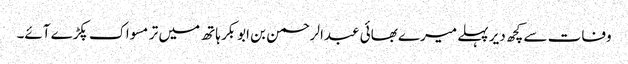
وفات سے کچھ دیر پہلے میرے بھائی عبدالرحمن بن ابوبکر ہاتھ میں تر مسواک پکڑے آئے۔